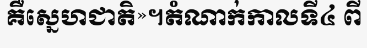
គឺស្នេហជាតិ»។តំណាក់កាលទី៤ ពី